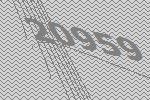
20959